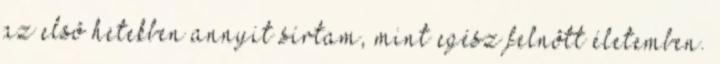
az elsõ hetekben annyit sírtam, mint egész felnõtt életemben.